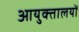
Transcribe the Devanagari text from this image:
आयुक्‍तालयों